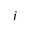
i